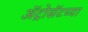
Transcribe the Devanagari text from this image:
ॲट्रोसॅटच्या